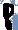
Text: 8